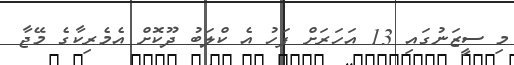
މި ސީޒަނުގައި 13 އަހަރަށް ފަހު އެ ކްލަބު ދޫކޮށް އެމެރިކާގެ މޭޖާ